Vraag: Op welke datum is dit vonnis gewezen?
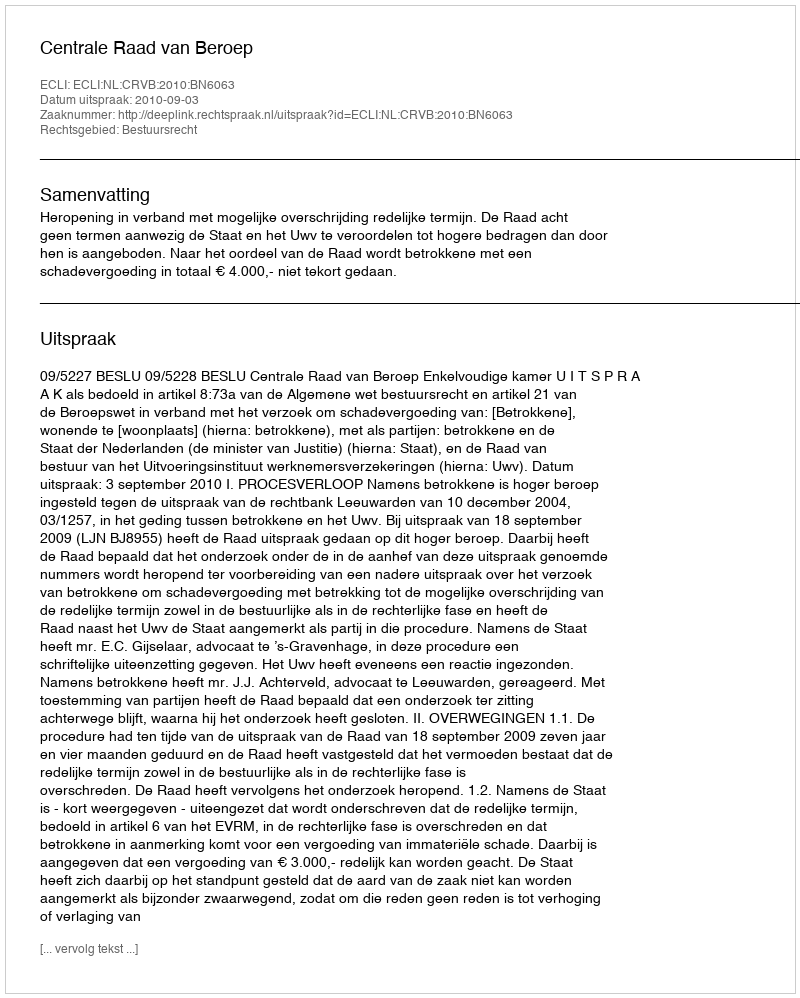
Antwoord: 2010-09-03